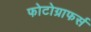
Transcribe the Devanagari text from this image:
फोटोग्राफर्स